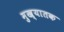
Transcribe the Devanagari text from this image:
मुख्यातक